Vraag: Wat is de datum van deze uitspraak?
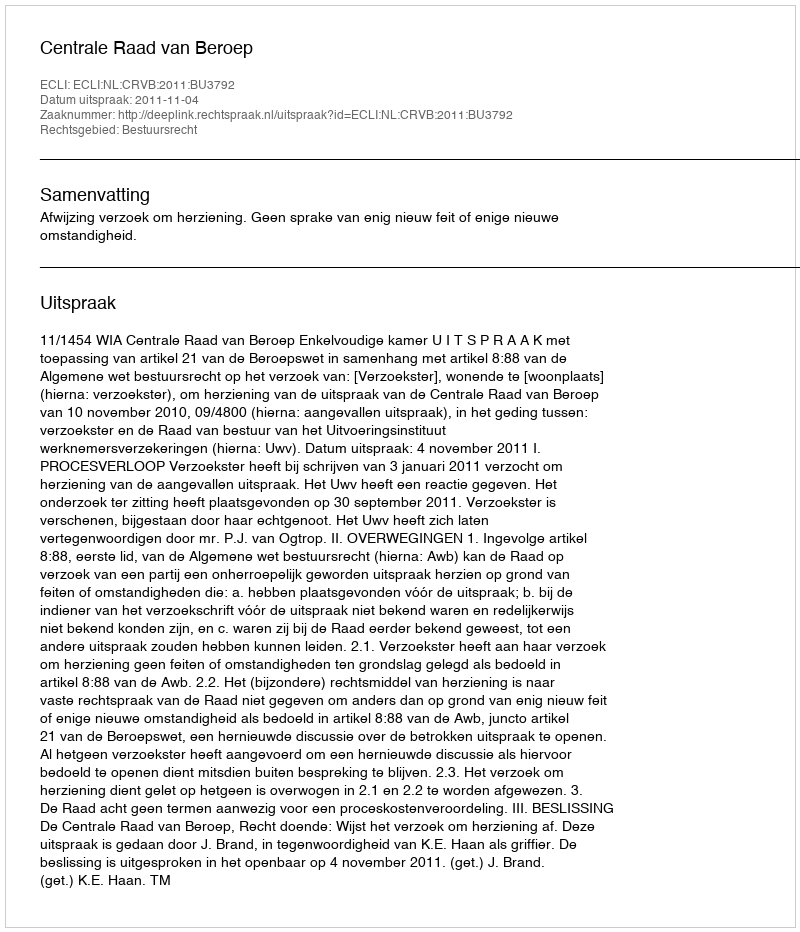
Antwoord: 2011-11-04